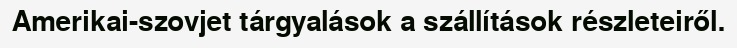
Amerikai-szovjet tárgyalások a szállítások részleteiről.